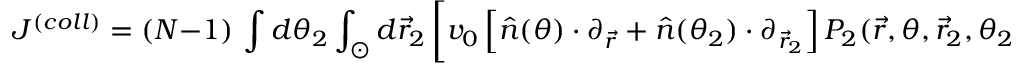
J ^ { ( c o l l ) } = ( N - 1 ) \, \int d \theta _ { 2 } \int _ { \odot } d \vec { r } _ { 2 } \, \bigg [ v _ { 0 } \left[ \hat { n } ( \theta ) \cdot \partial _ { \vec { r } } + \hat { n } ( \theta _ { 2 } ) \cdot \partial _ { \vec { r } _ { 2 } } \right] P _ { 2 } ( \vec { r } , \theta , \vec { r } _ { 2 } , \theta _ { 2 } , t ) \bigg ] \, ,